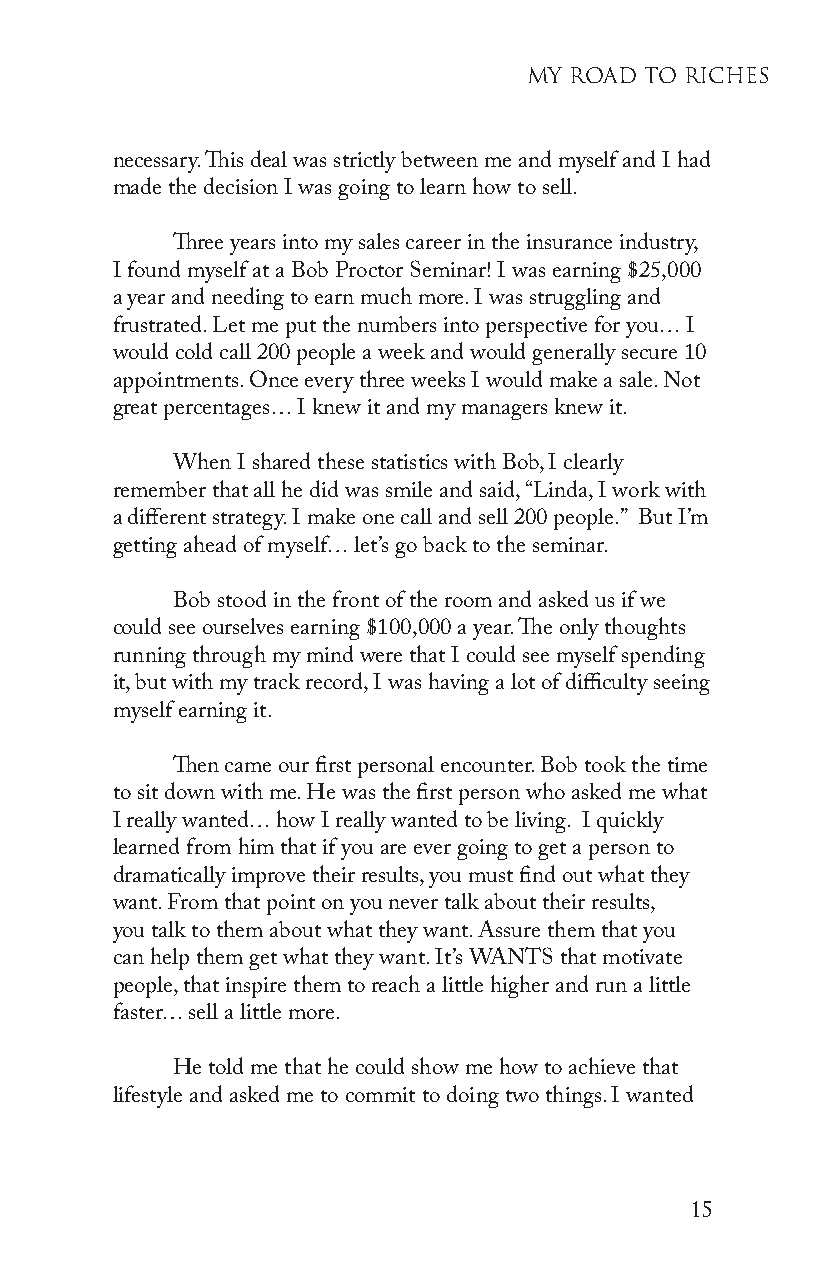
My Road to RiChes
 necessary. This deal was strictly between me and myself and I had
 made the decision I was going to learn how to sell.
 Three years into my sales career in the insurance industry,
 I found myself at a Bob Proctor Seminar! I was earning $25,000
 a year and needing to earn much more. I was struggling and
 frustrated. Let me put the numbers into perspective for you… I
 would cold call 200 people a week and would generally secure 10
 appointments. Once every three weeks I would make a sale. Not
 great percentages… I knew it and my managers knew it.
 When I shared these statistics with Bob, I clearly
 remember that all he did was smile and said, “Linda, I work with
 a different strategy. I make one call and sell 200 people.” But I’m
 getting ahead of myself… let’s go back to the seminar.
 Bob stood in the front of the room and asked us if we
 could see ourselves earning $100,000 a year. The only thoughts
 running through my mind were that I could see myself spending
 it, but with my track record, I was having a lot of difficulty seeing
 myself earning it.
 Then came our first personal encounter. Bob took the time
 to sit down with me. He was the first person who asked me what
 I really wanted… how I really wanted to be living. I quickly
 learned from him that if you are ever going to get a person to
 dramatically improve their results, you must find out what they
 want. From that point on you never talk about their results,
 you talk to them about what they want. Assure them that you
 can help them get what they want. It’s WANTS that motivate
 people, that inspire them to reach a little higher and run a little
 faster… sell a little more.
 He told me that he could show me how to achieve that
 lifestyle and asked me to commit to doing two things. I wanted
 15